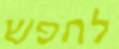
לחפש